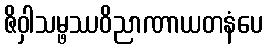
ဇိဝှါသမ္ဖဿဝိညာဏာယတနံပေ